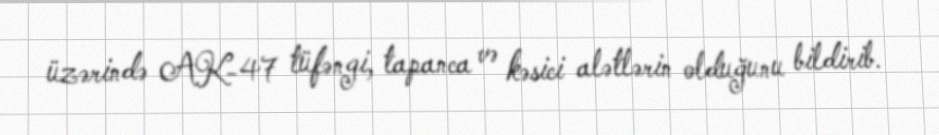
üzərində AK-47 tüfəngi, tapanca və kəsici alətlərin olduğunu bildirib.